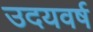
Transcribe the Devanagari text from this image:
उदयवर्ष